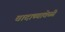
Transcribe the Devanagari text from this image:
वादाच्यावेळी